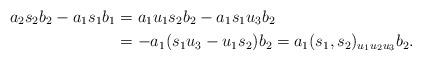
LaTeX: \begin{align*}a_2s_2b_2-a_1s_1b_1&=a_1u_1s_2b_2-a_1s_1u_3b_2\\&=-a_1(s_1u_3-u_1s_2)b_2=a_1(s_1,s_2)_{u_1u_2u_3}b_2.\end{align*}